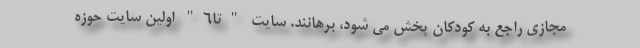
مجازی راجع به کودکان پخش می شود، برهانند. سایت "تا6" اولین سایت حوزه